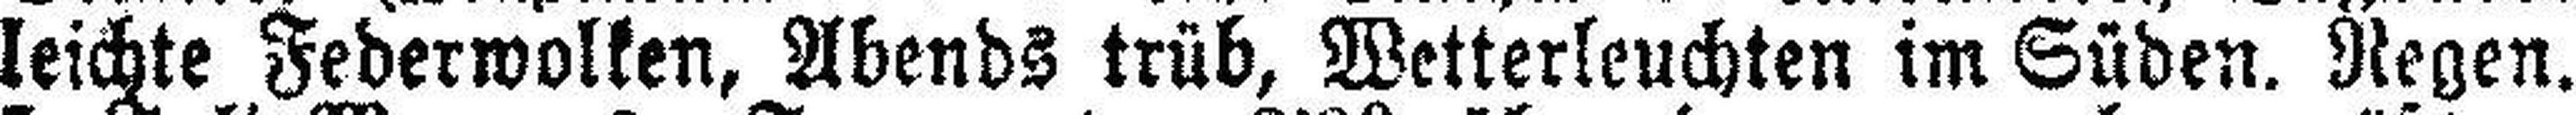
leichte Federwolken, Abends trüb, Wetterleuchten im Süden. Regen.